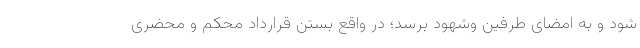
شود و به امضای طرفین وشهود برسد؛ در واقع بستن قرارداد محکم و محضری